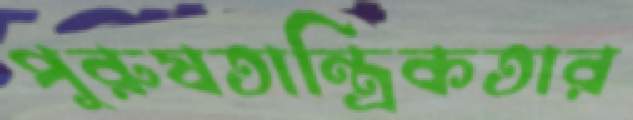
পুরুষতান্ত্রিকতার